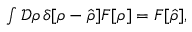
\begin{array} { r } { \int \mathcal { D } \rho \, \delta [ \rho - \hat { \rho } ] F [ \rho ] = F [ \hat { \rho } ] , } \end{array}